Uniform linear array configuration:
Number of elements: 16
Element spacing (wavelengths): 0.75
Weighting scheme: uniform
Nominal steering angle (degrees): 60
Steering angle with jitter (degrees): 59.955
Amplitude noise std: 0.05
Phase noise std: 0.05

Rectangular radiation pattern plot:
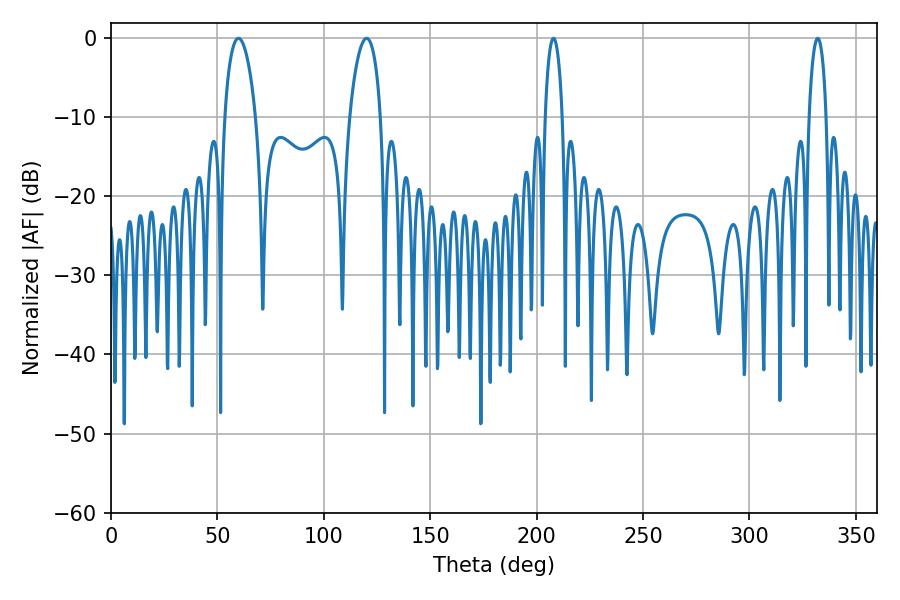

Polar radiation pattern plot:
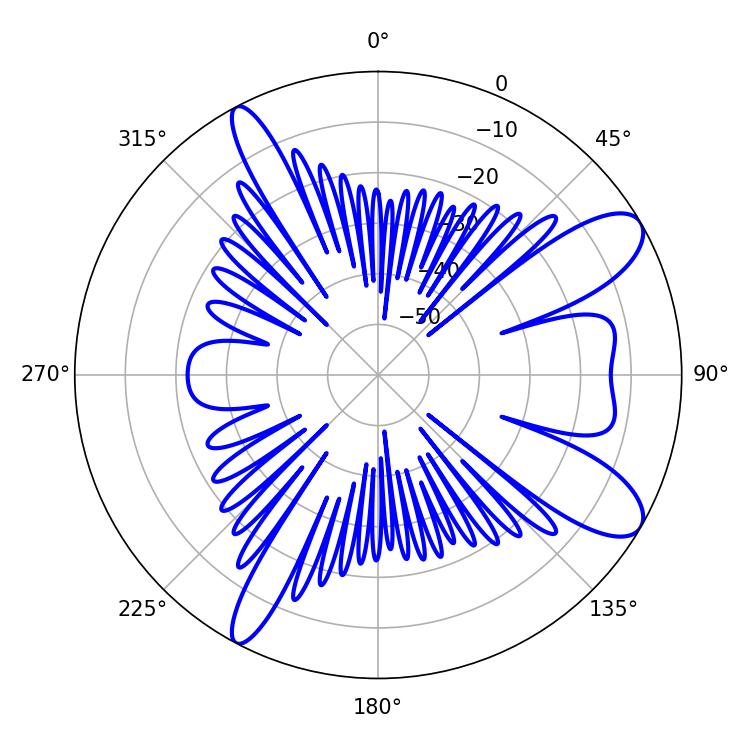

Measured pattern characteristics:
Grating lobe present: TRUE
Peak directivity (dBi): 9.884
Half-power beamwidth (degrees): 4.5
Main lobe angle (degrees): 207.9